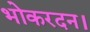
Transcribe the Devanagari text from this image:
भोकरदन।